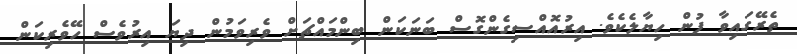
ތެރޭގައިވާ ފުން ހިޔާލެކެވެ. އިރުއޮއްސިގެންގޮސް ބަނަކަން ބިންމައްޗަށް ވެރިވަމުން ދިޔަ އިރުވެސް ހޭވެރިކަން